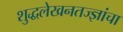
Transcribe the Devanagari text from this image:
शुद्धलेखनतज्‍ज्ञांचा